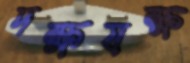
দক্ষযক্ষ